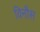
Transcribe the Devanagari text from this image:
विनौस